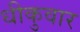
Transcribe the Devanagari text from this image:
धीकुवार